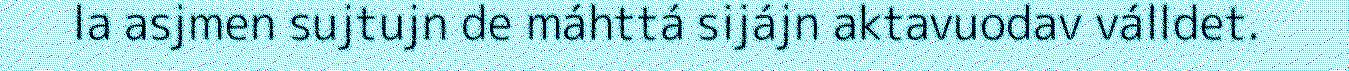
la asjmen sujtujn de máhttá sijájn aktavuodav válldet.